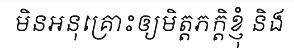
មិនអនុគ្រោះឲ្យមិត្តភក្តិខ្ញុំ និង